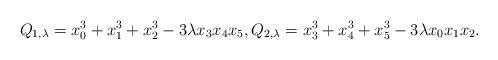
LaTeX: \begin{align*}Q_{1,\lambda}=x_0^3+x_1^3+x_2^3-3\lambda x_3x_4x_5,Q_{2,\lambda}=x_3^3+x_4^3+x_5^3-3\lambda x_0x_1x_2.\end{align*}